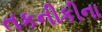
તકનીકીના